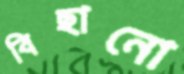
বিছানো